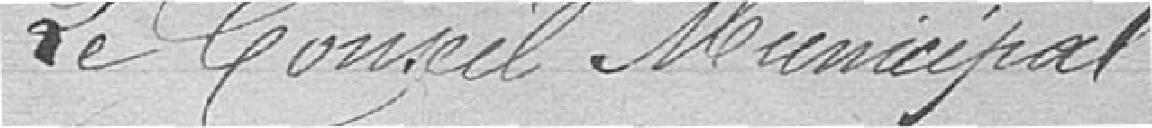
Le conseil municipal,